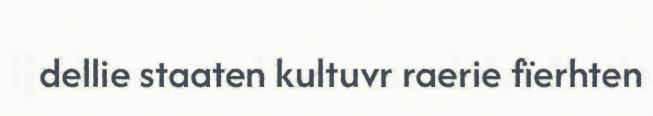
dellie staaten kultuvr raerie fïerhten